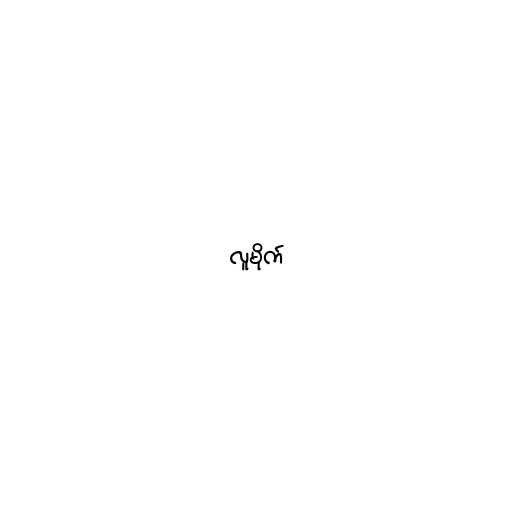
လူမိုက်